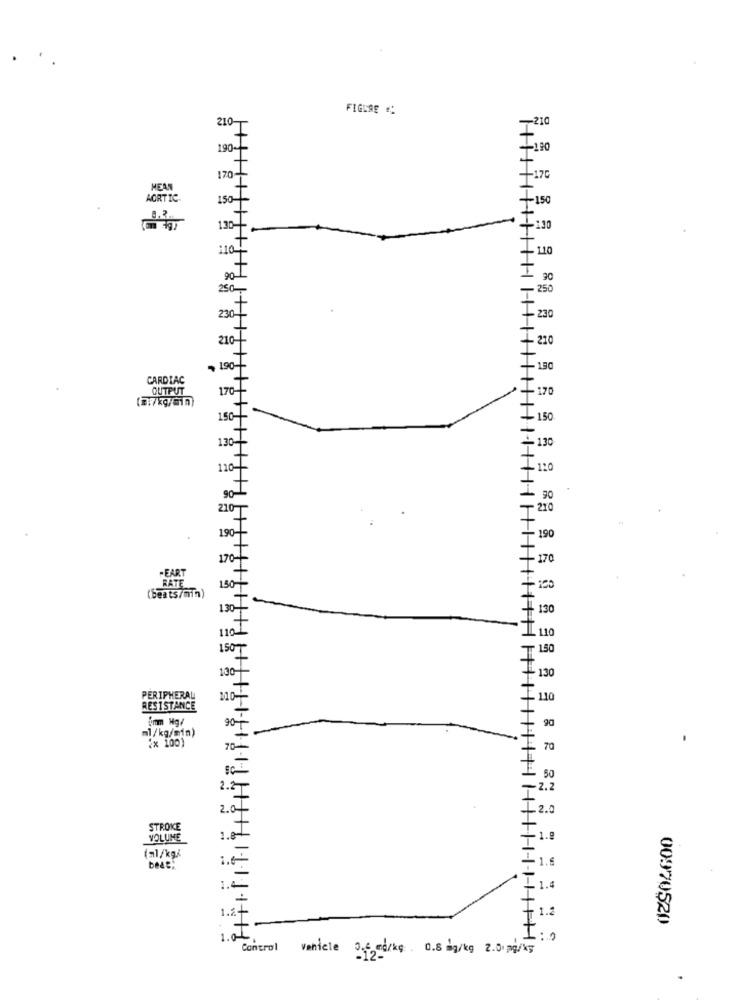
FIGURE
-210
210-
190~
190
170
MEAN
AORTIC
150-
150
130
1
110
1.10
90.1
30
250
250
230
230
2101
210
- 190-
- 130
CARDIAC
OUTPUT
170-
170
150 -!
150
130
130
110
120
90
90
210
210
190-
190
170-
170
-EART
150
RATE
(beats/min)
130-
130
110
150
150
130
130-
PERIPHERAL
100-
110
RESISTANCE
90
ml/kg/min)
2x 100)
70-
70
50
2.2
2.2
2.01
.2.0
STROKE
VOLUME
1.8-
1.9
(ml/kg/
1.6
1.4
1.4
1.2-
1.2
00970520
1.01
:. 0
Control Vehicle 0.6 mdrkg 0.8 mg/kg 2.00mg/kg
.